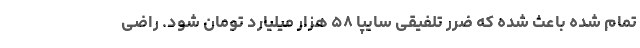
تمام شده باعث شده که ضرر تلفیقی سایپا ۵۸ هزار میلیارد تومان شود. راضی